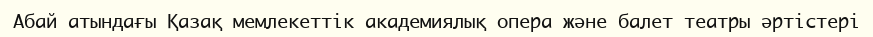
Абай атындағы Қазақ мемлекеттік академиялық опера және балет театры әртістері